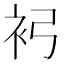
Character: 𧘏